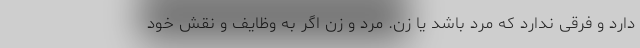
دارد و فرقی ندارد که مرد باشد یا زن. مرد و زن اگر به وظایف و نقش خود